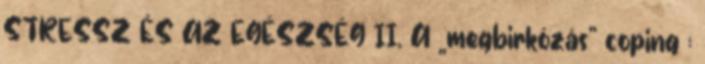
STRESSZ ÉS AZ EGÉSZSÉG II. A „megbirkózás” coping :